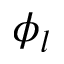
\phi _ { l }